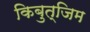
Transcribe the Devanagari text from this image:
किबुत्जिम